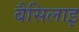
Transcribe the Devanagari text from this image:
बैसिलाइ